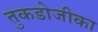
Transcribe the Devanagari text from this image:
तुकडोजीका